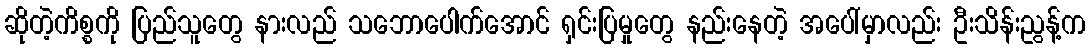
ဆိုတဲ့ကိစ္စကို ပြည်သူတွေ နားလည် သဘောပေါက်အောင် ရှင်းပြမှုတွေ နည်းနေတဲ့ အပေါ်မှာလည်း ဦးသိန်းညွန့်က